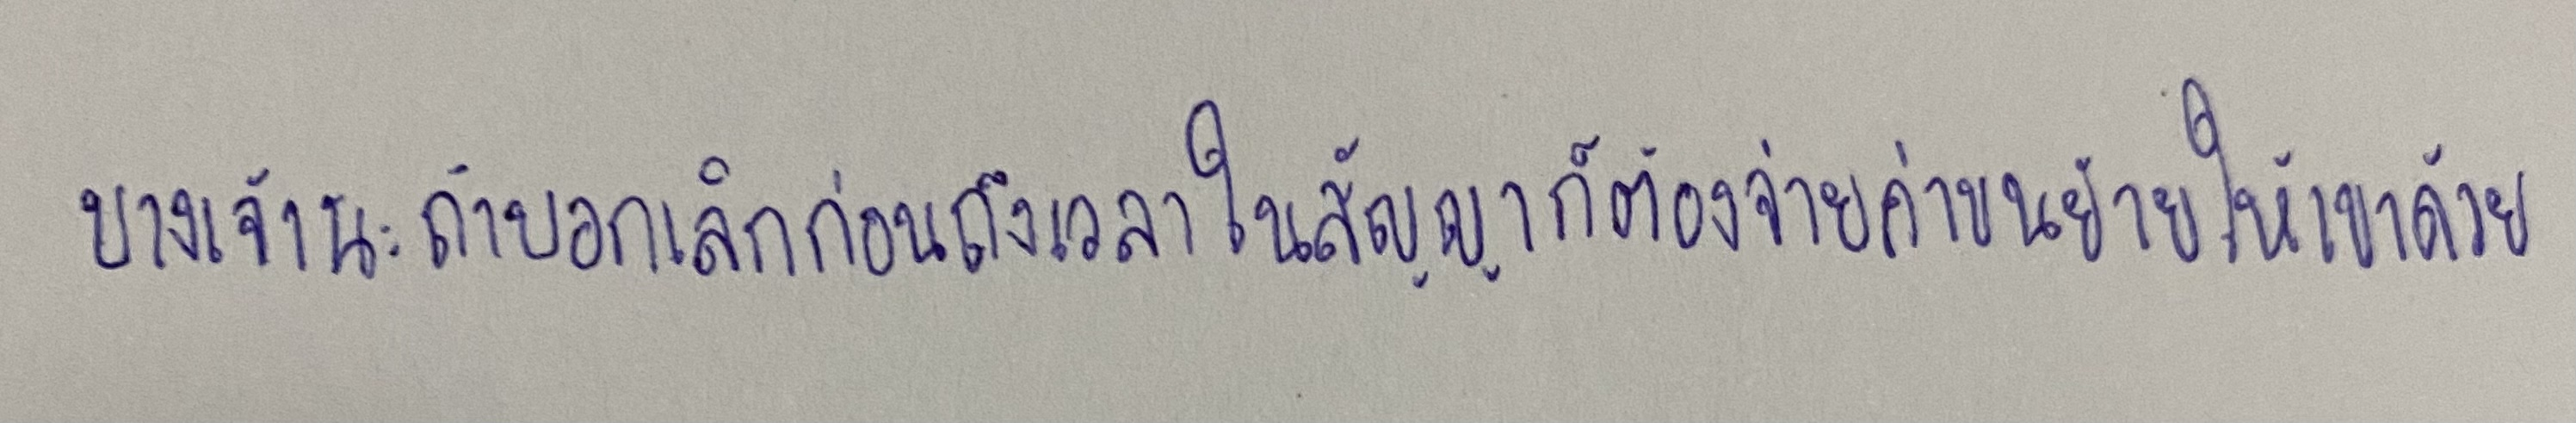
บางเจ้านะถ้าบอกเลิกก่อนถึงเวลาในสัญญาก็ต้องจ่ายค่าขนย้ายให้เขาด้วย